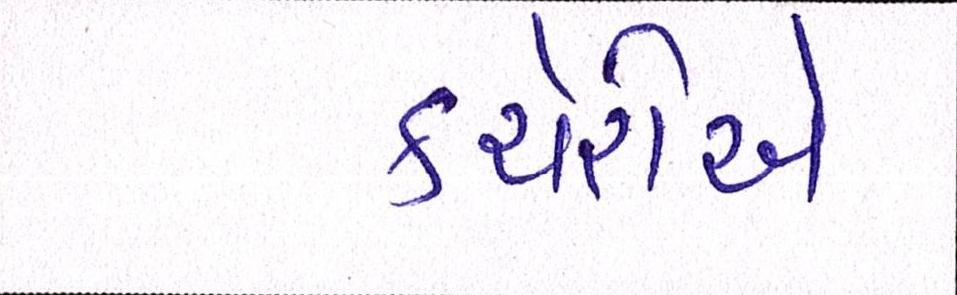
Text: કચેરીએ